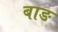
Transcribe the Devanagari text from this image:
बाङ